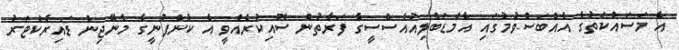
އެ މަސައްކަތުގެ އެއްބަސްވުމުގައި އެމްޑަބްލިއުއެސްސީގެ ފަރާތުން ސޮއިކުރެއްވީ އެ ކުންފުނީގެ މެނޭޖިން ޑައިރެކްޓަރު